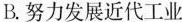
B.努力发展近代工业